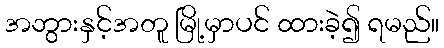
အဘွားနှင့်အတူ မြို့မှာပင် ထားခဲ့၍ ရမည်။